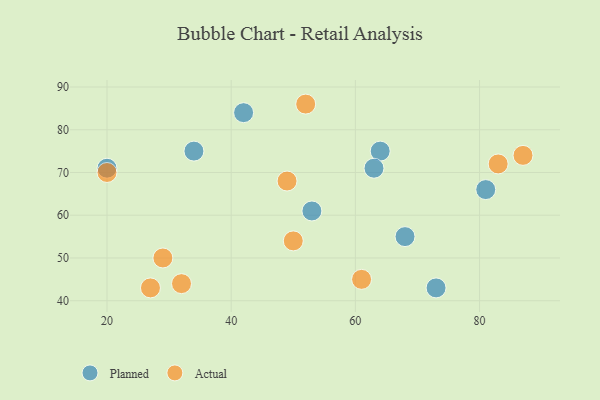
{"axis": {"x": "GDP", "y": "Life Expectancy"}, "legend": ["Actual", "Planned"], "data": [{"x": "73", "y": 43, "type": "Planned"}, {"x": "64", "y": 75, "type": "Planned"}, {"x": "34", "y": 75, "type": "Planned"}, {"x": "68", "y": 55, "type": "Planned"}, {"x": "63", "y": 71, "type": "Planned"}, {"x": "53", "y": 61, "type": "Planned"}, {"x": "81", "y": 66, "type": "Planned"}, {"x": "42", "y": 84, "type": "Planned"}, {"x": "20", "y": 71, "type": "Planned"}, {"x": "87", "y": 74, "type": "Actual"}, {"x": "49", "y": 68, "type": "Actual"}, {"x": "20", "y": 70, "type": "Actual"}, {"x": "27", "y": 43, "type": "Actual"}, {"x": "83", "y": 72, "type": "Actual"}, {"x": "50", "y": 54, "type": "Actual"}, {"x": "29", "y": 50, "type": "Actual"}, {"x": "52", "y": 86, "type": "Actual"}, {"x": "32", "y": 44, "type": "Actual"}, {"x": "61", "y": 45, "type": "Actual"}]}